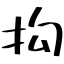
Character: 抅